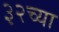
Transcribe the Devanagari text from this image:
३२च्या